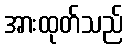
အားထုတ်သည်